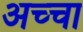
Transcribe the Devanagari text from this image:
अच्‍चा